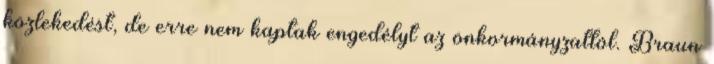
közlekedést, de erre nem kaptak engedélyt az önkormányzattól. Braun